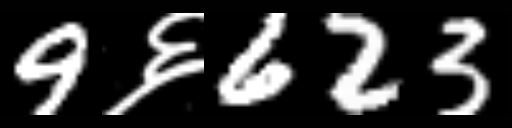
Text: 9६623